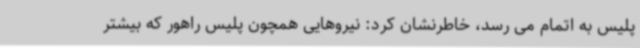
پلیس به اتمام می رسد، خاطرنشان کرد: نیروهایی همچون پلیس راهور که بیشتر